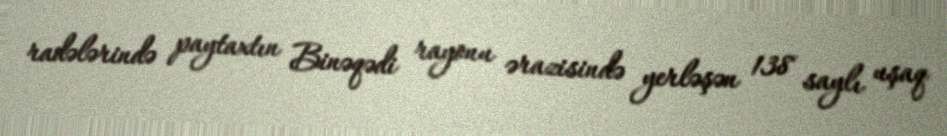
radələrində paytaxtın Binəqədi rayonu ərazisində yerləşən 138 saylı uşaq